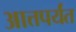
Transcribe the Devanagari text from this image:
आत्तपर्यंत